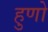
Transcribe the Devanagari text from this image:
हुणो